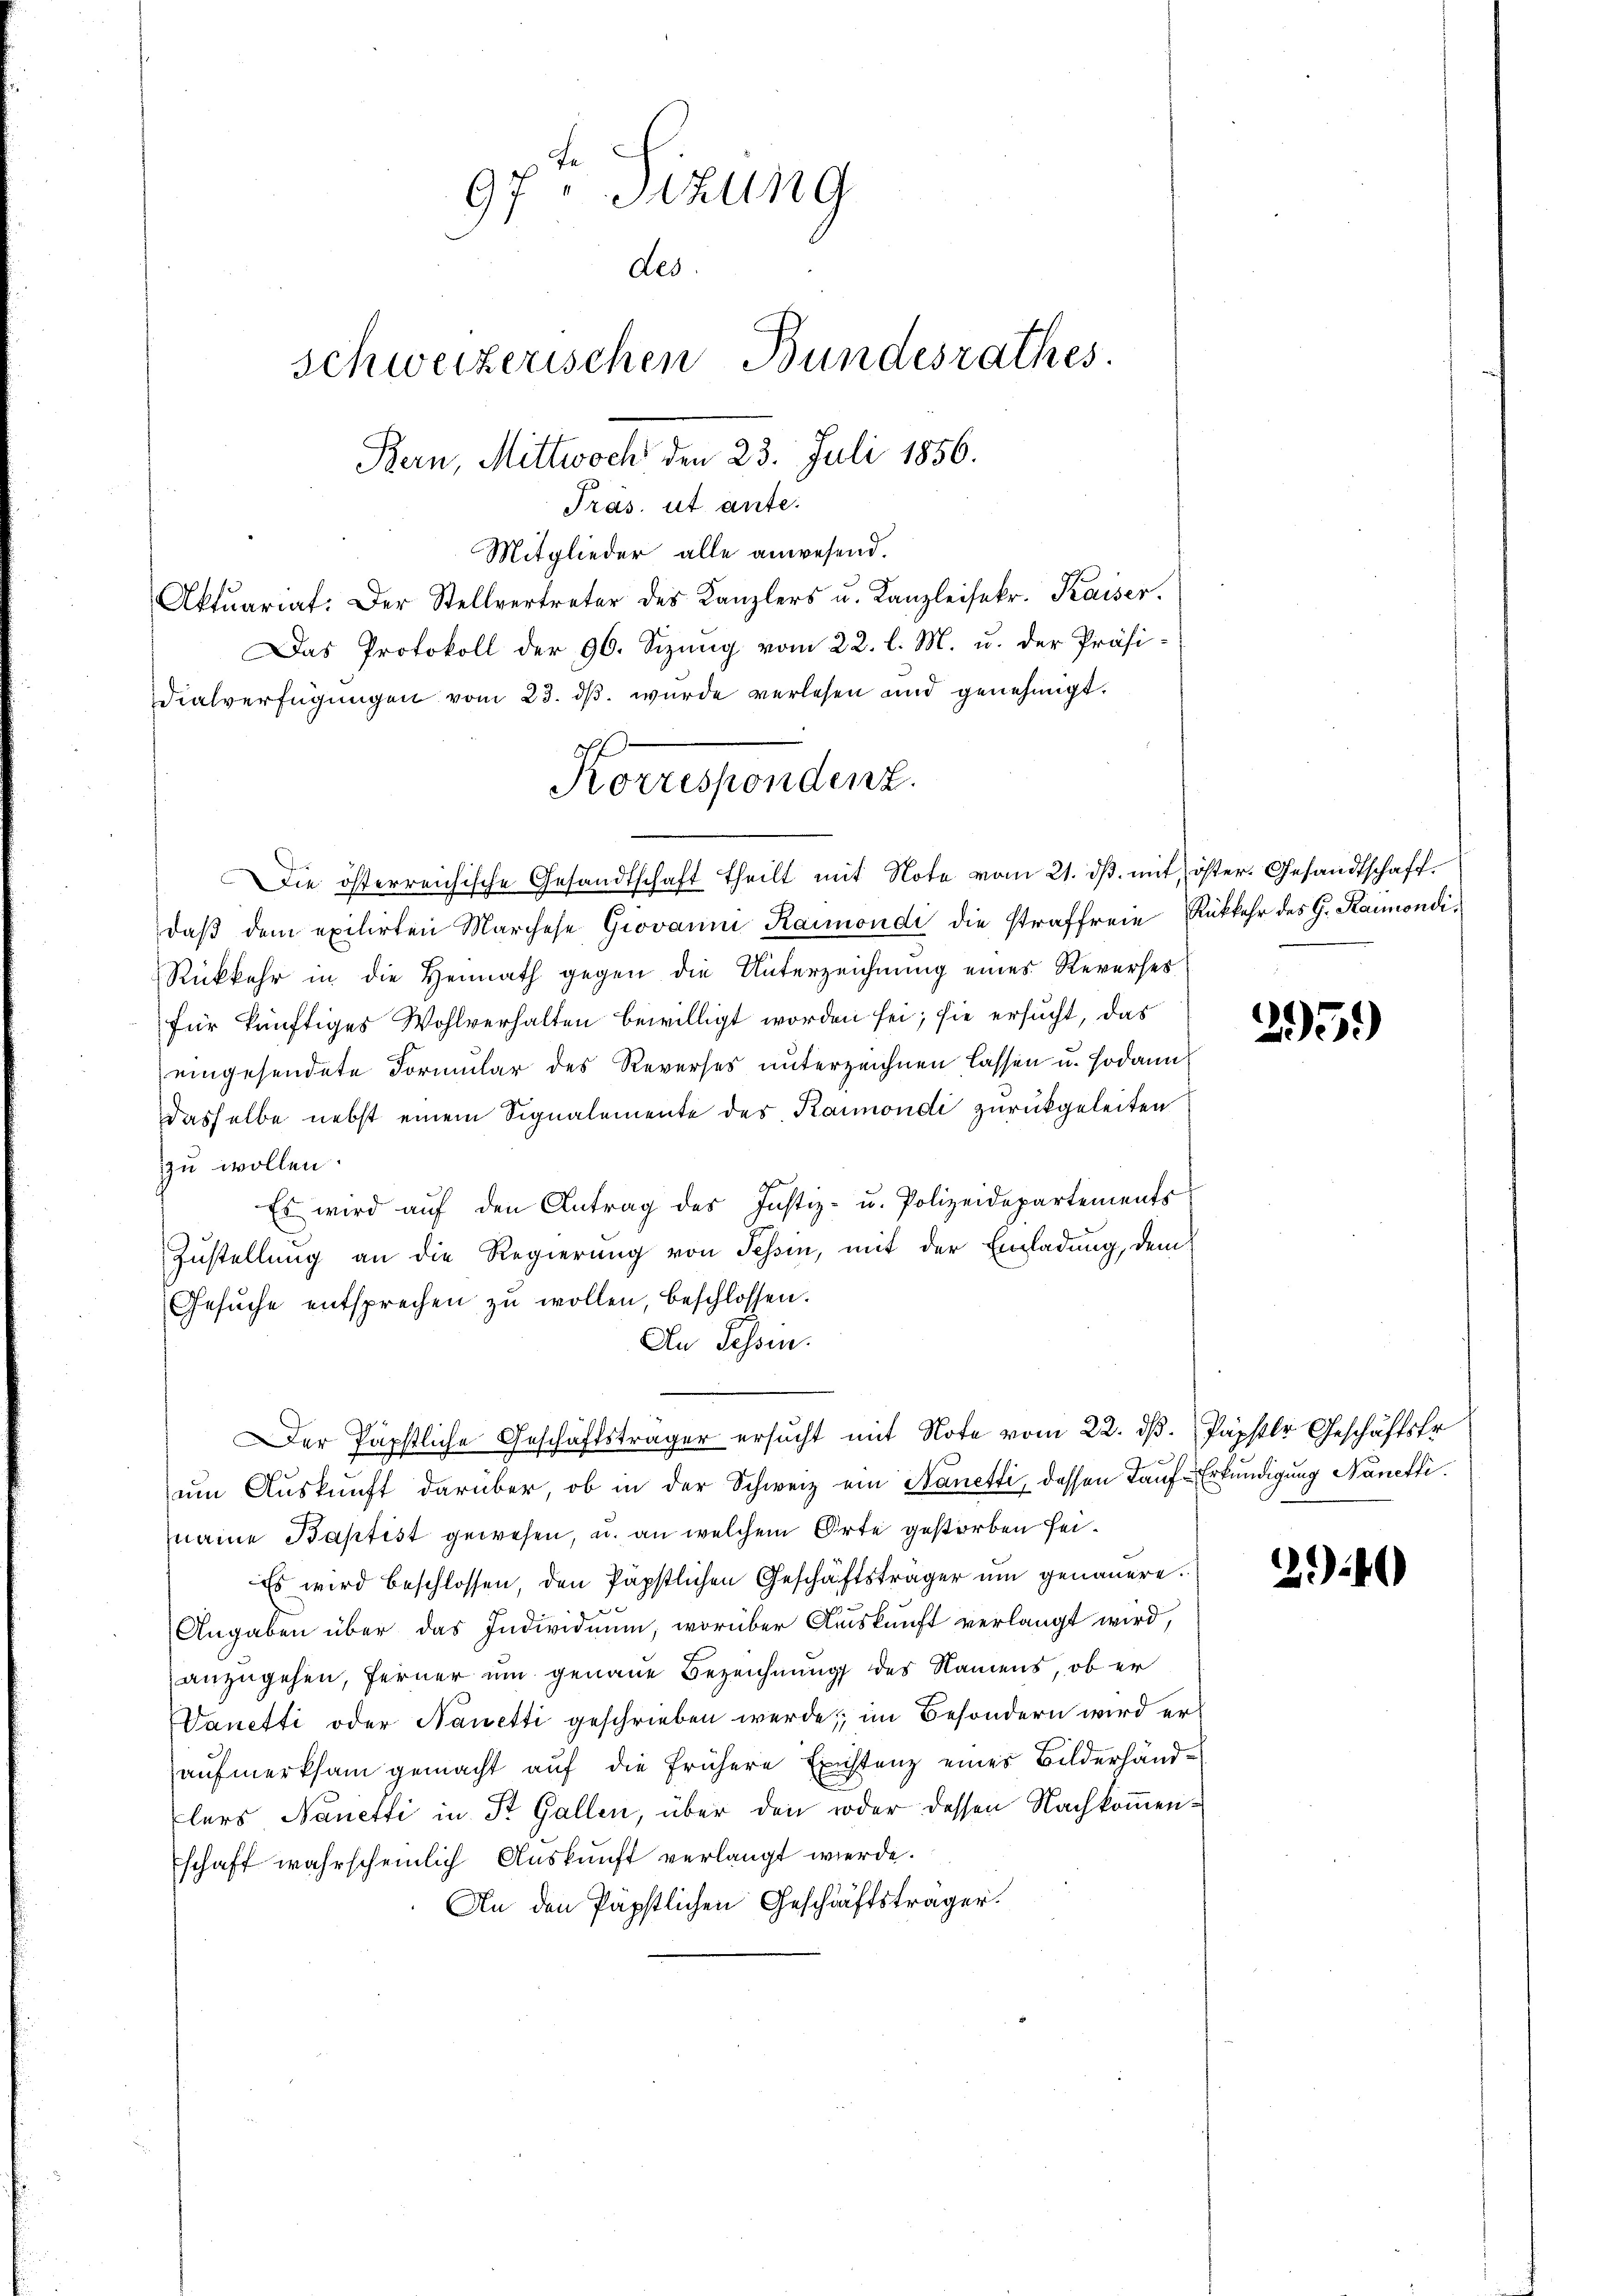
Fe
97 Sitzung
des
schweizerischen Bundesrathes.
Bern, Mittwoch den 23. Juli 1856.
Tras. ut ante.

Mitglieder alle anwesend.
Aktuariat. Der Stellvertreter des Kanzlers u. Kanzleisekr. Kaiser.
Das Protokoll der 96. Sizung vom 22. l. M. u. der Präsidialverfügungen vom 23. dβ wurde verlesen und genehmigt.
Koruspondenz.

Die österreichische Gesandtschaft theilt mit Note vom 21. dβ mit öfter. Gesandtschaft.
daβ dem exilirten Marchese Giovanne Kanondi die straffreie Rückkehr des G. Raimondi¬
Rückkehr in die Heimath gegen die Unterzeichnung eines Reverses
für künftiges Wohlverhalten bewilligt worden sei; sie ersucht, das
eingesendete Formular des Reverses unterzeichnen lassen u. sodann
dasselbe nebst einem Signalemente des Kaimondi zurückgeleiten
zzu wollen
Es wird auf den Antrag des Justiz- u. Polizeidepartements
Zustellung an die Regierung von Schen, mit der Einladung, dem
Gesŭche entsprechen zŭ wollen, beschlossen.
An Sehsm.
Der Papstliche Geschäftsträger ersucht mit Note vom 22. dβ. Papster Geschäftsfr.
um Auskunft darüber, ob in der Schweiz ein Nanetti, dessen Tauf-Erkundigung Nanetti.
name Baptist gewesen, u. an welchem Orte gestorben sei¬
Es wird beschlossen, den Päpstlichen Geschäftsträger um genauere
Angaben über das Individuum, worüber Auskunft verlangt wird,
anzugehen, ferner um genaue Bezeichnung des Namens, ob er
Vanetti oder Nanetti geschrieben werde, im Besondern wird eraufmerksam gemacht auf die frühere Existenz eines Bilderhandlers Nanetti in St. Gallen, über den oder dessen Nachkommenschaft wahrscheinlich Auskunft verlangt werde.
An den Päpstlichen Geschäftsträger

295.)

24)